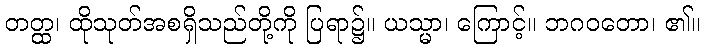
တတ္ထ၊ ထိုသုတ်အစရှိသည်တို့ကို ပြရာ၌။ ယသ္မာ၊ ကြောင့်။ ဘဂဝတော၊ ၏။